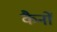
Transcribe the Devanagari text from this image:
कैनों